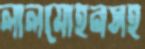
লালমোহনসহ